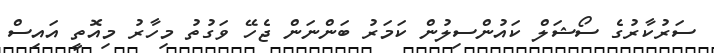
ސަރުކާރުގެ ސޯޝަލް ކައުންސިލުން ކަމަރު ބަންނަން ޖެހޭ ވަގުތު މިހާރު މިއޮތީ އައިސް